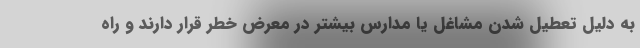
به دلیل تعطیل شدن مشاغل یا مدارس بیشتر در معرض خطر قرار دارند و راه